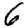
Digit: 6